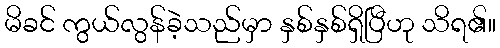
မိခင် ကွယ်လွန်ခဲ့သည်မှာ နှစ်နှစ်ရှိပြီဟု သိရ၏။